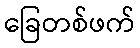
ခြေတစ်ဖက်